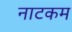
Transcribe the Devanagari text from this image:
नाटकम